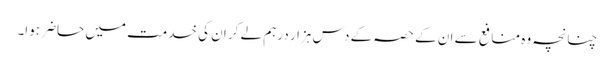
چنانچہ وہ منافع سے ان کے حصہ کے دس ہزار درہم لے کر ان کی خدمت میں حاضر ہوا۔